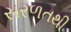
સરળતથી